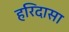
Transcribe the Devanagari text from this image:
हरिदासा